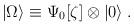
LaTeX: \begin{align*}|\Omega\rangle \equiv \Psi_0[\zeta] \otimes |0\rangle\;.\end{align*}